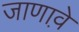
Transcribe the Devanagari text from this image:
जाणावे़